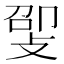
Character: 𫾸